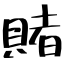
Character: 賭